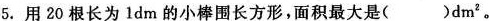
5. 用20根长为1dm的小棒围长方形，面积最大是（）dm^{2}。